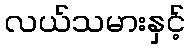
လယ်သမားနှင့်